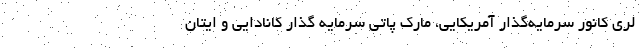
لری کانور سرمایه‌گذار آمریکایی، مارک پاتی سرمایه گذار کانادایی و ایتان